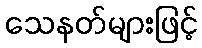
သေနတ်များဖြင့်